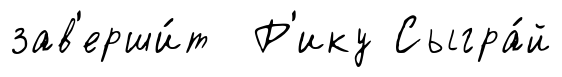
зав'ерши́т Р'ику Сыгра́й